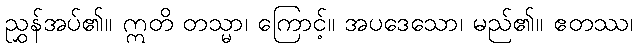
ညွှန်အပ်၏။ ဣတိ တသ္မာ၊ ကြောင့်။ အပဒေသော၊ မည်၏။ ဧတဿ၊